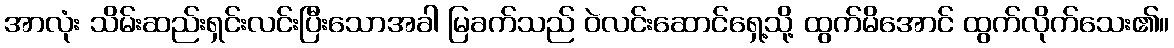
အာလုံး သိမ်းဆည်းရှင်းလင်းပြီးသောအခါ မြခက်သည် ဝဲလင်းဆောင်ရှေ့သို့ ထွက်မိအောင် ထွက်လိုက်သေး၏။